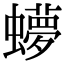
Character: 𬠳